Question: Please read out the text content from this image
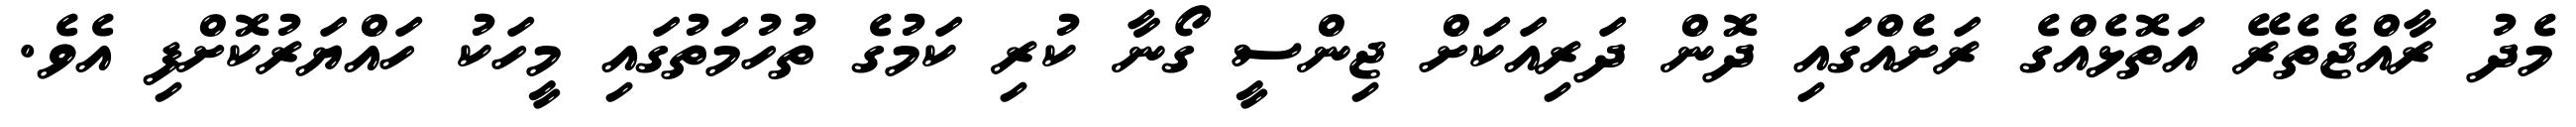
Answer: މެދު ރާއްޖެތެރޭ އަތޮޅެއްގެ ރަށެއްގައި ދޮން ދަރިއަކަށް ޖިންސީ ގޯނާ ކުރި ކަމުގެ ތުހުމަތުގައި މީހަކު ހައްޔަރުކޮށްފި އެވެ.